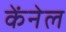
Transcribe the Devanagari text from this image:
केंनेल